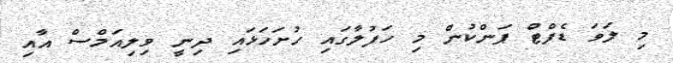
މި ލަވަ ޑެފްޓް ޕަންކުން މި ހަފުލާގައި ހުށަހަޅައި ދިނީ ވިލިއަމްސް އާއި